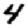
Digit: 4